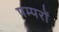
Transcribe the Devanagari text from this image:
पम्परों